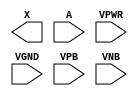
module sky130_fd_sc_ls__dlygate4sd3 (
    X   ,
    A   ,
    VPWR,
    VGND,
    VPB ,
    VNB
);

    output X   ;
    input  A   ;
    input  VPWR;
    input  VGND;
    input  VPB ;
    input  VNB ;
endmodule